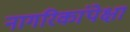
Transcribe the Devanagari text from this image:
नागरिकांपेक्षा